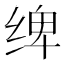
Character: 𰬤